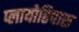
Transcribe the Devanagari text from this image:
प्लायोहिपास